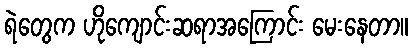
ရဲတွေက ဟိုကျောင်းဆရာအကြောင်း မေးနေတာ။